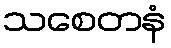
သစေတနံ